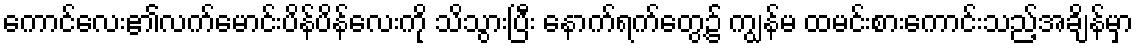
ကောင်လေး၏လက်မောင်းပိန်ပိန်လေးကို သိသွားပြီး နောက်ရက်တွေ့၌ ကျွန်မ ထမင်းစားကောင်းသည့်အချိန်မှာ